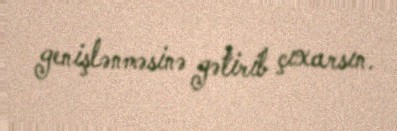
genişlənməsinə gətirib çıxarsın.